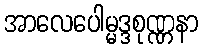
အာလေပေါမ္မဒ္ဒစုဏ္ဏနာ